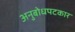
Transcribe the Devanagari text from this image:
अनुबोधपटकार